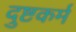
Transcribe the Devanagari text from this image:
दुष्टकर्म